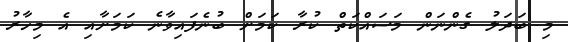
މި ބަދަލު ގެންނަން މަސައްކަތް ކުރާ ކަމަށް ބުނެފައިވާނެ ކަމަށާއި އެ މިހާރު